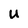
Character: U